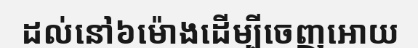
ដល់នៅ៦ម៉ោងដើម្បីចេញអោយ